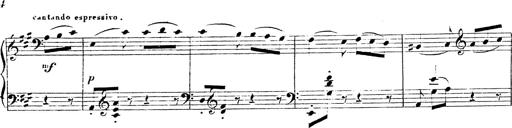
Title: Chanson bohÃ©mienne
Composer: Franz Liszt